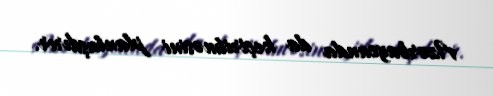
Azərbaycanda da keçirilməsini planlaşdırır.